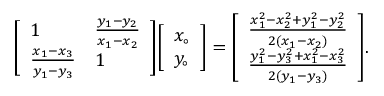
{ \left[ \begin{array} { l l } { 1 } & { { \frac { y _ { 1 } - y _ { 2 } } { x _ { 1 } - x _ { 2 } } } } \\ { { \frac { x _ { 1 } - x _ { 3 } } { y _ { 1 } - y _ { 3 } } } } & { 1 } \end{array} \right] } { \left[ \begin{array} { l } { x _ { \circ } } \\ { y _ { \circ } } \end{array} \right] } = { \left[ \begin{array} { l } { { \frac { x _ { 1 } ^ { 2 } - x _ { 2 } ^ { 2 } + y _ { 1 } ^ { 2 } - y _ { 2 } ^ { 2 } } { 2 ( x _ { 1 } - x _ { 2 } ) } } } \\ { { \frac { y _ { 1 } ^ { 2 } - y _ { 3 } ^ { 2 } + x _ { 1 } ^ { 2 } - x _ { 3 } ^ { 2 } } { 2 ( y _ { 1 } - y _ { 3 } ) } } } \end{array} \right] } .